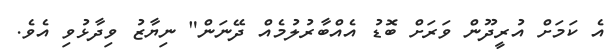
އެ ކަމަށް އުރީދޫން ވަރަށް ބޮޑު އެއްބާރުލުމެއް ދޭނަން" ނިޔާޒު ވިދާޅުވި އެވެ.